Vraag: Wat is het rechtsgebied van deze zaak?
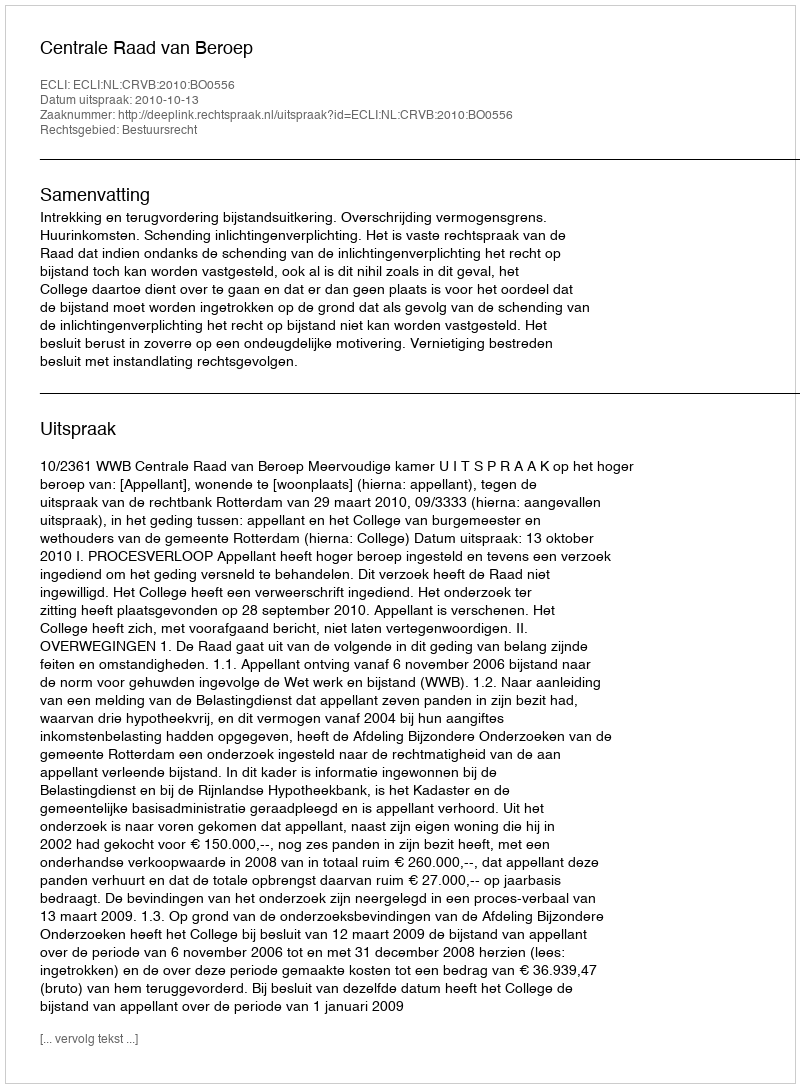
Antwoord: Bestuursrecht